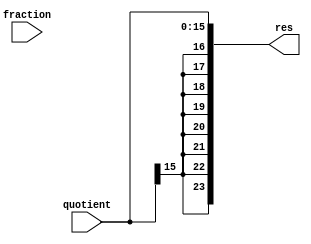
module shift_division_result (quotient, fraction, res);
    parameter signed [31:0] q_width = 16;
    parameter signed [31:0] f_width = 16;
    parameter signed [31:0] fraction_width = 8;
    parameter signed [31:0] shift_value = 8;
    parameter signed [31:0] shift_dir = 0;
    parameter signed [31:0] vec_MSB = q_width + f_width - 1;
    parameter signed [31:0] result_MSB = q_width + fraction_width - 1;
    parameter signed [31:0] result_LSB = vec_MSB - result_MSB;
    input [q_width - 1 : 0] quotient;
    input [f_width - 1 : 0] fraction;
    output [result_MSB : 0] res;
    wire [vec_MSB:0] vec;
    wire [vec_MSB:0] temp;
   genvar i;
   assign res = vec[vec_MSB:result_LSB];
   assign temp = { quotient, fraction };
   generate
      if (shift_dir == 1)
      begin:left_shift_loop
         for (i = vec_MSB; i>=0;  i = i-1) 
	 begin:u0
            if (i < shift_value)
            begin:u1	
               assign vec[i] = 1'b0;
            end 
	    else
            begin:u2
               assign vec[i] = temp[i-shift_value];
	     end
         end
      end
      else
      begin:right_shift_loop
         for (i = 0; i <= vec_MSB; i = i+1)
         begin:u3
            if (i > vec_MSB - shift_value)
            begin:u4
               assign vec[i] = temp[vec_MSB];
            end
            else
            begin:u5
               assign vec[i] = temp[i+shift_value];
            end
         end
      end
   endgenerate
endmodule